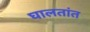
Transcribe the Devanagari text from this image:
घालतांत